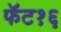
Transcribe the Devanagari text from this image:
फॅट१६